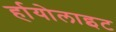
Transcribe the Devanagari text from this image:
र्हायोलाइट